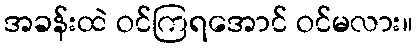
အခန်းထဲ ဝင်ကြရအောင် ဝင်မလား။